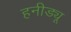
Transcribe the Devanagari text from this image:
हनीड्यू